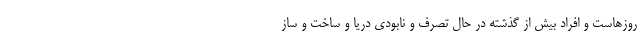
روزهاست و افراد بیش از گذشته در حال تصرف و نابودی دریا و ساخت و ساز